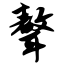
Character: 聱